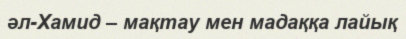
әл-Хамид – мақтау мен мадаққа лайық